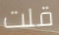
قلت